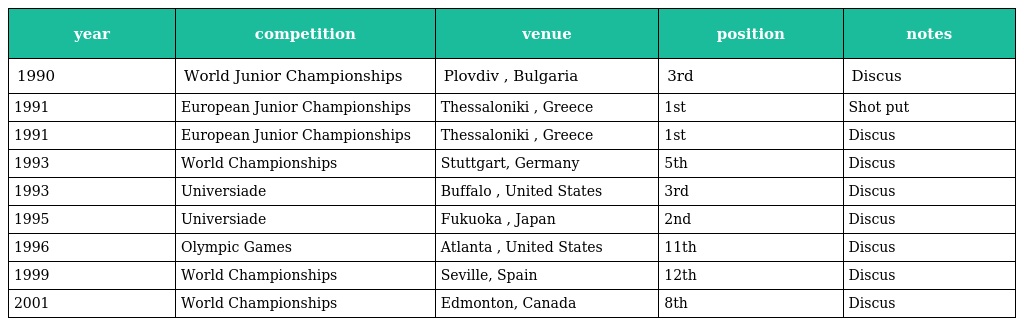
| year | competition | venue | position | notes |
 | --- | --- | --- | --- | --- |
 | 1990 | World Junior Championships | Plovdiv , Bulgaria | 3rd | Discus |
 | 1991 | European Junior Championships | Thessaloniki , Greece | 1st | Shot put |
 | 1991 | European Junior Championships | Thessaloniki , Greece | 1st | Discus |
 | 1993 | World Championships | Stuttgart, Germany | 5th | Discus |
 | 1993 | Universiade | Buffalo , United States | 3rd | Discus |
 | 1995 | Universiade | Fukuoka , Japan | 2nd | Discus |
 | 1996 | Olympic Games | Atlanta , United States | 11th | Discus |
 | 1999 | World Championships | Seville, Spain | 12th | Discus |
 | 2001 | World Championships | Edmonton, Canada | 8th | Discus |